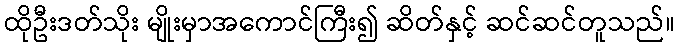
ထိုဦးဒတ်သိုး မျိုးမှာအကောင်ကြီး၍ ဆိတ်နှင့် ဆင်ဆင်တူသည်။